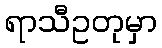
ရာသီဥတုမှာ